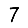
Digit: 7